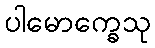
ပါမောက္ခေသု